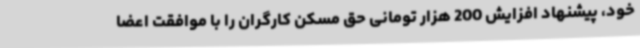
خود، پیشنهاد افزایش 200 هزار تومانی حق مسکن کارگران را با موافقت اعضا